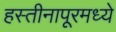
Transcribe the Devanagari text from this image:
हस्तीनापूरमध्ये